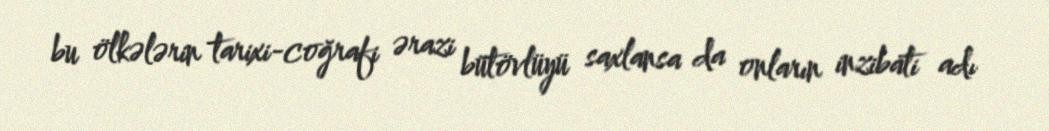
bu ölkələrin tarixi-coğrafi ərazi bütövlüyü saxlansa da onların inzibati adı